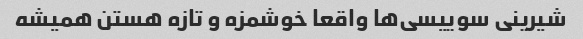
شیرینی سوییسی‌ها واقعا خوشمزه و تازه هستن همیشه